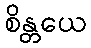
စိန္တယေ